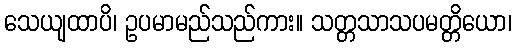
သေယျထာပိ၊ ဥပမာမည်သည်ကား။ သတ္တသာသပမတ္တိယော၊